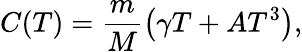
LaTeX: C(T)=\frac{m}{M}\left(\gamma T+AT^{3}\right),